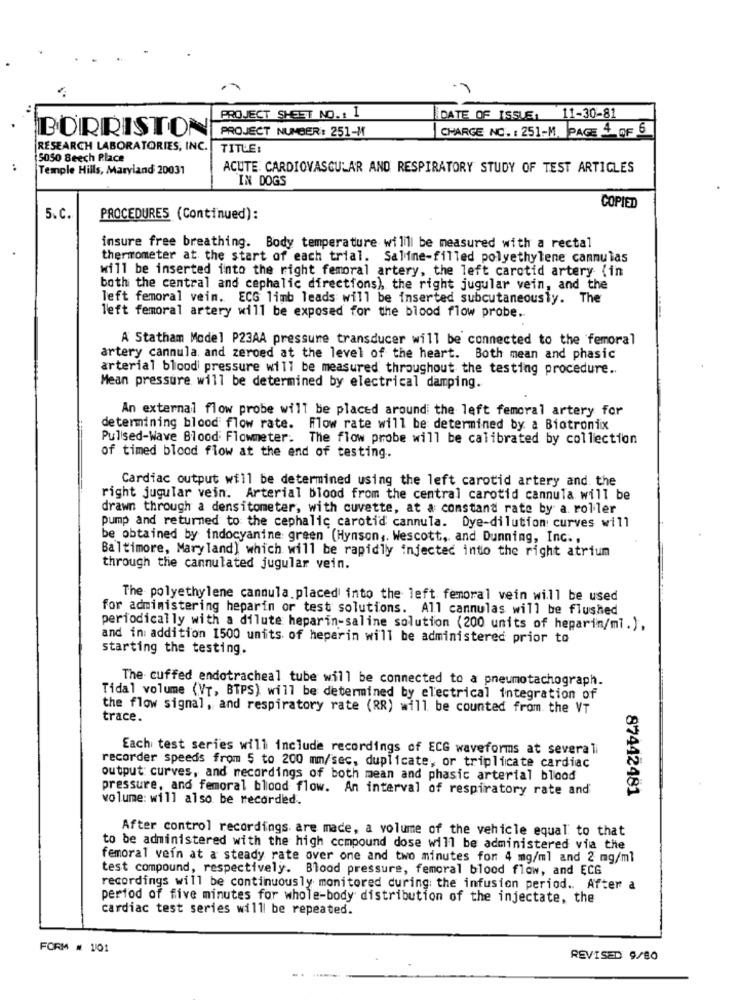
PROJECT SHEET NO .: 1
DATE OF ISSUE: 11-30-81
CHARGE NO. : 251-M. PAGE 4 OF 6
BORRISION PROJECT NUMBER: 251-M
RESEARCH LABORATORIES, INC.
TITLE:
5050 Beech Place
:
Temple Hills, Maryland 20031
ACUTE CARDIOVASCULAR AND RESPIRATORY STUDY OF TEST ARTICLES
IN DOGS
COPIED
5.C.
PROCEDURES (Continued):
insure free breathing. Body temperature wilill be measured with a rectal
thermometer at the start of each trial. Saline-filled polyethylene cannulas
will be inserted into the right femoral artery, the left carotid artery (in
both the central and cephalic directions), the right jugular vein, and the
left femoral vein. ECG limb leads will be inserted subcutaneousty. The
left femoral artery will be exposed for the blood flow probe.
A Statham Model P23AA pressure transducer will be connected to the femoral
artery cannula. and zeroed at the level of the heart. Both mean and phasic
arterial blood pressure will be measured throughout the testing procedure ..
Mean pressure will be determined by electrical damping.
An external flow probe will be placed around the left femoral artery for
determining blood flow rate. Flow rate will be determined by a Biotronix
Pulsed-Wave Blood Flowmeter. The flow probe will be calibrated by collection
of timed blood flow at the end of testing.
Cardiac output will be determined using the left carotid artery and the
right jugular vein. Arterial blood from the central carotid cannula will be
drawn through a densitometer, with cuvette, at a comstand rate by a. roller
pump and returned to the cephalic carotid cannula. Dye-dilution curves will
be obtained by indocyanine green (Hynson ,. Wescott, and Dunning, Inc .,
Baltimore, Maryland) which will be rapidly injected into the right atrium
through the cannulated jugular vein.
The polyethylene cannula.placed into the left femoral vein will be used
for administering heparin or test solutions. All cannulas will be flushed
periodically with a dilute heparin-saline solution (200 units of heparin/ml.).
and in addition 1500 units of heparin will be administered prior to
starting the testing.
The cuffed endotracheal tube will be connected to a pneumotachograph.
Tidal volume (VT, BTPS) will be determined by electrical integration of
the flow signal, and respiratory rate (RR) will be counted from the VT
trace.
Each test series will include recordings of ECG waveforms at severali
recorder speeds from 5 to 200 mm/sec, duplicate, or triplicate cardiac
output curves, and recordings of both mean and phasic arterial blood
pressure, and femoral blood flow. An interval of respiratory rate and
87442481
volume: will also be recorded.
After control recordings are made, a volume of the vehicle equal to that
to be administered with the high compound dose will be administered via the
femoral vein at a steady rate over one and two minutes for 4 mg/ml and 2 mg/ml
test compound, respectively. Blood pressure, femoral blood flow, and ECG
recordings will be continuously monitored during the infusion period .. After a
period of five minutes for whole-body distribution of the injectate, the
cardiac test series will be repeated.
FORM # 1101
REVISED 9/80